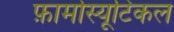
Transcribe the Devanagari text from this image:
फ़ार्मास्यूटिकल